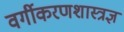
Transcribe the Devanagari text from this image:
वर्गीकरणशास्त्रज्ञ